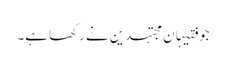
جو فقیہان مجتہدین نے رکھا ہے۔